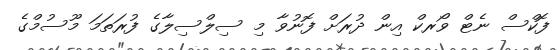
ފޮކްސް ނެޓް ވޯރކް އިން ދުރަށް ފޮނުވާ މި ސިލްސިލާގެ ފުރަތަމަ މޫސުމްގެ